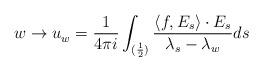
LaTeX: \begin{align*}w\to u_w^{}=\frac{1}{4\pi i}\int_{(\frac{1}{2})}\frac{\langle f, E_s\rangle\cdot E_s}{\lambda_s - \lambda_w} ds\end{align*}